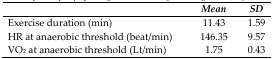
<table><thead><tr><td></td><td><b><i>Mean</i></b></td><td><b><i>SD</i></b></td></tr></thead><tbody><tr><td>Exercise duration (min)</td><td>11.43</td><td>1.59</td></tr><tr><td>HR at anaerobic threshold (beat/min)</td><td>146.35</td><td>9.57</td></tr><tr><td>VO<sub>2</sub> at anaerobic threshold (Lt/min)</td><td>1.75</td><td>0.43</td></tr></tbody></table>